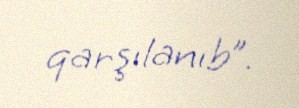
qarşılanıb”.